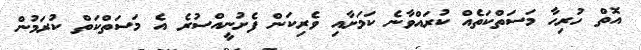
އޮތް ހުރިހާ މަސަތްކަތެއް ކުރައްވާނެ ކަމަށާއި ވެރިކަން ފެށުނީއްސުރެ އެ މަސަތްކަތް ކުރަމުން